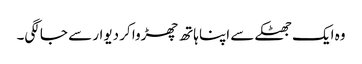
وہ ایک جھٹکے سے اپنا ہاتھ چھڑوا کر دیوار سے جا لگی۔